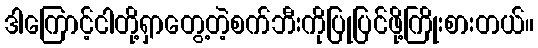
ဒါကြောင့်ငါတို့ရှာတွေ့တဲ့စက်ဘီးကိုပြုပြင်ဖို့ကြိုးစားတယ်။